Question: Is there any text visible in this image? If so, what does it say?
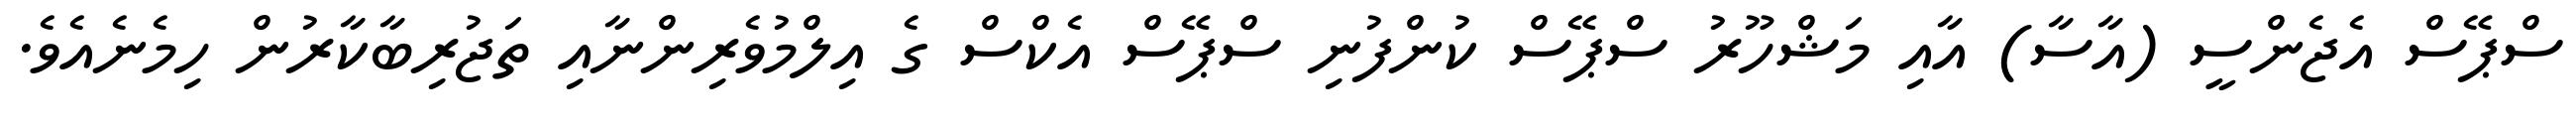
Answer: ސްޕޭސް އެޖެންސީ (އާސާ) އާއި މަޝްހޫރު ސްޕޭސް ކުންފުނި ސްޕޭސް އެކްސް ގެ އިލްމުވެރިންނާއި ތަޖުރިބާކާރުން ހިމެނެއެވެ.